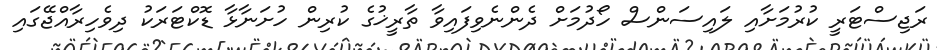
ރަޖިސްޓަރީ ކުރުމަށާއި ލައިސަންސް ހޯދުމަށް ދެންނެވިފައިވާ ތާރީޚުގެ ކުރިން ހުށަނާޅާ ޑޮކްޓަރަކު ދިވެހިރާއްޖޭގައި